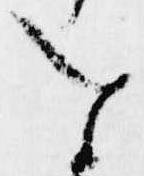
を